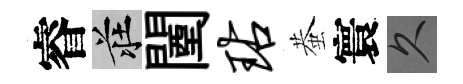
睿莊闉玷蛬寰久